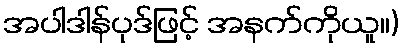
အပါဒါန်ပုဒ်ဖြင့် အနက်ကိုယူ။)